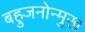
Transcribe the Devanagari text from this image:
बहुजनोन्मुख